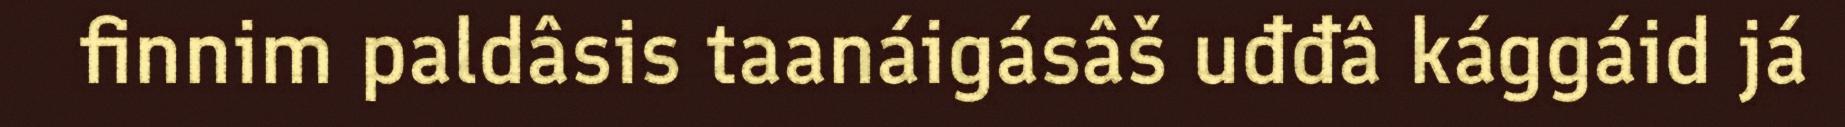
finnim paldâsis taanáigásâš uđđâ kággáid já